Report of the Indian Hemp Drugs Commission, 1894-1895 - Volume VII
Year: 1894
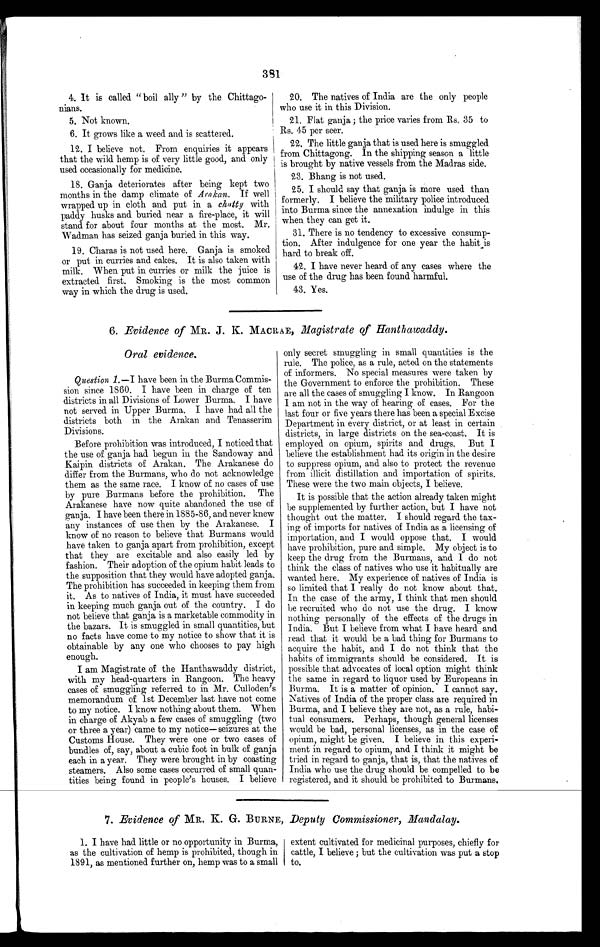
381
4. It is called " boil ally " by the Chittago-
nians.
5. Not known.
6. It grows like a weed and is scattered.
12. I believe not. From enquiries it appears
that the wild hemp is of very little good, and only
used occasionally for medicine.
18. Ganja deteriorates after being kept two
months in the damp climate of Arakan. If well
wrapped up in cloth and put in a chatty with
paddy husks and buried near a fire-place, it will
stand for about four months at the most. Mr.
Wadman has seized ganja buried in this way.
19. Charas is not used here. Ganja is smoked
or put in curries and cakes. It is also taken with
milk. When put in curries or milk the juice is
extracted first. Smoking is the most common
way in which the drug is used.
20. The natives of India are the only people
who use it in this Division.
21. Flat ganja ; the price varies from Rs, 35 to
Rs. 45 per seer.
22. The little ganja that is used here is smuggled
from Chittagong. In the shipping season a little
is brought by native vessels from the Madras side.
23. Bhang is not used.
25. I should say that ganja is more used than
formerly. I believe the military police introduced
into Burma since the annexation indulge in this
when they can get it.
31. There is no tendency to excessive consump-
tion. After indulgence for one year the habit is
hard to break off.
42. I have never heard of any cases where the
use of the drug has been found harmful.
43. Yes.
6. Evidence of MR. J. K. MACRAE, Magistrate of Hanthawaddy.
Oral evidence.
Question 1. —I have been in the Burma Commis-
sion since 1860. I have been in charge of ten
districts in all Divisions of Lower Burma. I have
not served in Upper Burma. I have had all the
districts both in the Arakan and Tenasserim
Divisions.
Before prohibition was introduced, I noticed that
the use of ganja had begun in the Sandoway and
Kaipin districts of Arakan. The Arakanese do
differ from the Burmans, who do not acknowledge
them as the same race. I know of no cases of use
by pure Burmans before the prohibition. The
Arakanese have now quite abandoned the use of
ganja. I have been there in 1885-56, and never knew
any instances of use then by the Arakanese. I
know of no reason to believe that Burmans would
have taken to ganja apart from prohibition, except
that they are excitable and also easily led by
fashion. Their adoption of the opium habit leads to
the supposition that they would have adopted ganja.
The prohibition has succeeded in keeping them from
it. As to natives of India, it must have succeeded
in keeping much ganja out of the country. I do
not believe that ganja is a marketable commodity in
the bazars. It is smuggled in small quantities, but
no facts have come to my notice to show that it is
obtainable by any one who chooses to pay high
enough.
I am Magistrate of the Hanthawaddy district,
with my head-quarters in Rangoon. The heavy
cases of smuggling referred to in Mr. Culloden's
memorandum of 1st December last have not come
to my notice. I know nothing about them. When
in charge of Akyab a few cases of smuggling (two
or three a year) came to my notice—seizures at the
Customs House. They were one or two cases of
bundles of, say, about a cubic foot in bulk of ganja
each in a year. They were brought in by coasting
steamers. Also some cases occurred of small quan-
tities being found in people's houses. I believe
only secret smuggling in small quantities is the
rule. The police, as a rule, acted on the statements
of informers. No special measures were taken by
the Government to enforce the prohibition. These
are all the cases of smuggling I know. In Rangoon
I am not in the way of hearing of cases. For the
last four or five years there has been a special Excise
Department in every district, or at least in certain
districts, in large districts on the sea-coast. It is
employed on opium, spirits and drugs. But I
believe the establishment had its origin in the desire
to suppress opium, and also to protect the revenue
from illicit distillation and importation of spirits.
These were the two main objects, I believe.
It is possible that the action already taken might
be supplemented by further action, but I have not
thought out the matter. I should regard the tax-
ing of imports for natives of India as a licensing of
importation, and I would oppose that. I would
have prohibition, pure and simple. My object is to
keep the drug from the Burmans, and I do not
think the class of natives who use it habitually are
wanted here. My experience of natives of India is
so limited that I really do not know about that.
In the case of the army, I think that men should
be recruited who do not use the drug. I know
nothing personally of the effects of the drugs in
India. But I believe from what I have heard and
read that it would be a bad thing for Burmans to
acquire the habit, and I do not think that the
habits of immigrants should be considered. It is
possible that advocates of local option might think
the same in regard to liquor used by Europeans in
Burma. It is a matter of opinion. I cannot say.
Natives of India of the proper class are required in
Burma, and I believe they are not, as a rule, habi-
tual consumers. Perhaps, though general licenses
would be bad, personal licenses, as in the case of
opium, might be given. I believe in this experi-
ment in regard to opium, and I think it might be
tried in regard to ganja, that is, that the natives of
India who use the drug should be compelled to be
registered, and it should be prohibited to Burmans.
7. Evidence of MR. K. G. BURNE, Deputy Commissioner, Mandalay.
1. I have had little or no opportunity in Burma,
as the cultivation of hemp is prohibited, though in
1891, as mentioned further on, hemp was to a small
extent cultivated for medicinal purposes, chiefly for
cattle, I believe ; but the cultivation was put a stop
to.